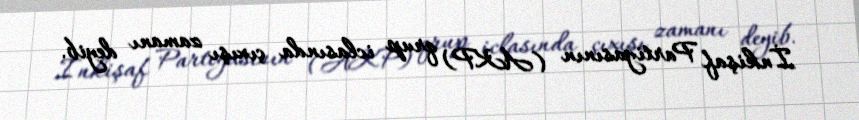
İnkişaf Partiyasının (AKP) qrup iclasında çıxışı zamanı deyib.